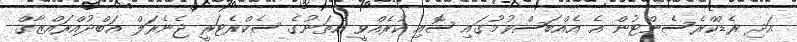
އަދި ރެޑްކްރެސެންޓުުން އެ އެއްބަސްވުމުގައި ސޮއި ކުރެއްވީ އެތަނުގެ ސެކްރެޓަރީ ޖެނެރަލް އަބްދުއްރައްޒާގް